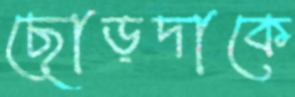
ছোড়দাকে